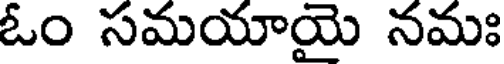
ఓం సమయాయై నమః